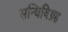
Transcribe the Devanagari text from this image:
सन्धिविग्रह